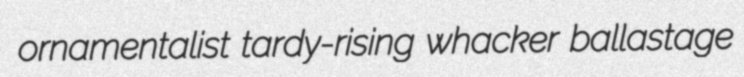
ornamentalist tardy-rising whacker ballastage